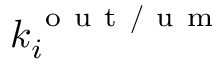
k _ { i } ^ { \mathrm { ~ o ~ u ~ t ~ / ~ u ~ m ~ } }